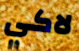
لاكي